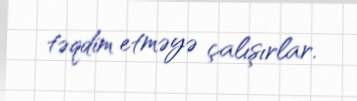
təqdim etməyə çalışırlar.